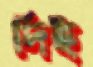
দিই